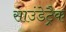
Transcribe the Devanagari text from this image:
साउंडेट्रैक